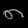
Digit: ၈